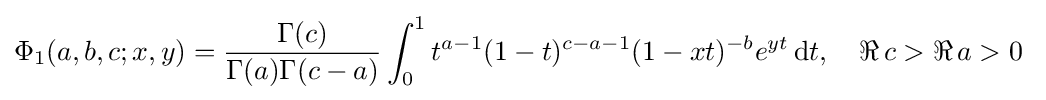
\Phi _{1}(a,b,c;x,y)={\frac {\Gamma (c)}{\Gamma (a)\Gamma (c-a)}}\int _{0}^{1}t^{a-1}(1-t)^{c-a-1}(1-xt)^{-b}e^{yt}\,\mathrm {d} t,\quad \Re \,c>\Re \,a>0~